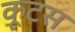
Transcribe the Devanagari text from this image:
कूटस